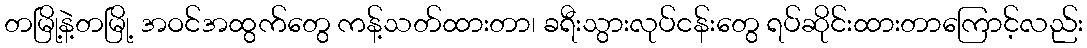
တမြို့နဲ့တမြို့ အဝင်အထွက်တွေ ကန့်သတ်ထားတာ၊ ခရီးသွားလုပ်ငန်းတွေ ရပ်ဆိုင်းထားတာကြောင့်လည်း